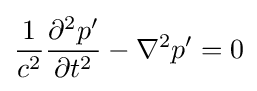
{\frac {1}{c^{2}}}{\frac {\partial ^{2}p'}{\partial t^{2}}}-\nabla ^{2}p'=0